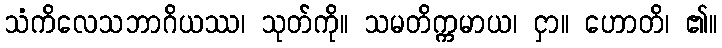
သံကိလေသဘာဂိယဿ၊ သုတ်ကို။ သမတိက္ကမာယ၊ ငှာ။ ဟောတိ၊ ၏။